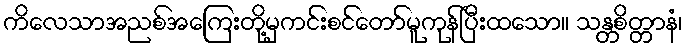
ကိလေသာအညစ်အကြေးတို့မှကင်းစင်တော်မူကုန်ပြီးထသော။ သန္တစိတ္တာနံ၊